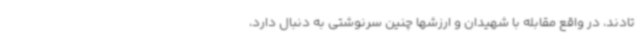
تادند، در واقع مقابله با شهیدان و ارزشها چنین سرنوشتی به دنبال دارد،